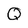
Character: Q